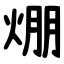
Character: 焩